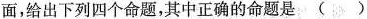
面，给出下列四个命题，其中正确的命题是()